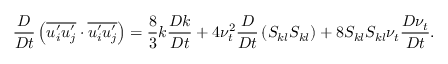
\frac { D } { D t } \left( \overline { { u _ { i } ^ { \prime } u _ { j } ^ { \prime } } } \cdot \overline { { u _ { i } ^ { \prime } u _ { j } ^ { \prime } } } \right) = \frac { 8 } { 3 } k \frac { D k } { D t } + 4 \nu _ { t } ^ { 2 } \frac { D } { D t } \left( S _ { k l } S _ { k l } \right) + 8 S _ { k l } S _ { k l } \nu _ { t } \frac { D \nu _ { t } } { D t } .